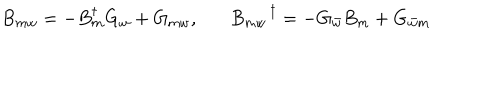
LaTeX: B _ { m w } = - B _ { m } ^ { \dagger } G _ { w } + G _ { m w } , B _ { m w } ^ { \; \; \dagger } = - G _ { \bar { w } } B _ { m } + G _ { \bar { w } m }